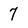
Character: 7